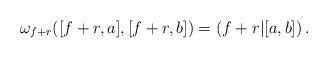
LaTeX: \begin{align*}\omega_{f+r}([f+r,a],[f+r,b])=(f+r|[a,b])\,.\end{align*}